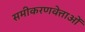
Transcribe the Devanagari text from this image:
समीकरणवेत्ताओं